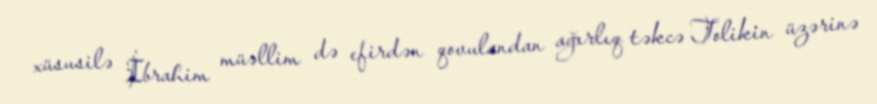
xüsusilə İbrahim müəllim də efirdən qovulandan ağırlıq təkcə Tolikin üzərinə